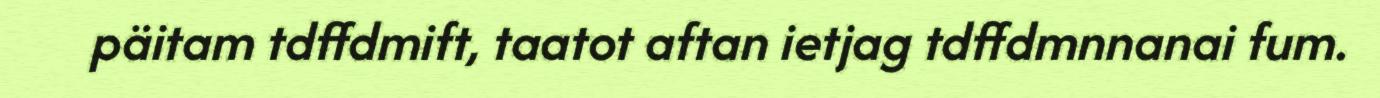
päitam tdffdmift, taatot aftan ietjag tdffdmnnanai fum.